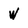
Character: W